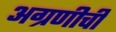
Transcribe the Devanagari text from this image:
अग्रणीची